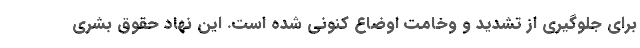
برای جلوگیری از تشدید و وخامت اوضاع کنونی شده است. این نهاد حقوق بشری